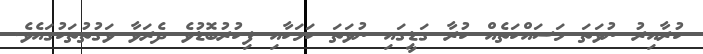
ކުރާއިރު ނުވަތަ މަސައްކަތެއް ކުރާ ގަޑީގައި ނުވަތަ ކަމަކާއި ފިކުރުބޮޑުވެ ދެރަވާ ވަގުތުތަކުގައެވެ.